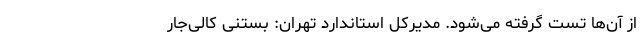
از آن‌ها تست گرفته می‌شود. مدیرکل استاندارد تهران: بستنی کالی‌جار